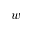
w